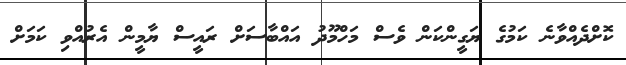
ކޮށްދެއްވާނެ ކަމުގެ ޔަގީންކަން ވެސް މަހްމޫދު އައްބާސަށް ރައީސް ޔާމީން އެރުއްވި ކަމަށް